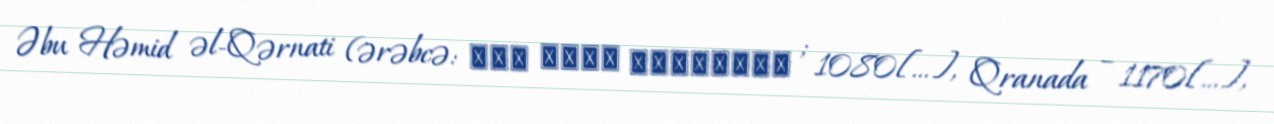
Əbu Həmid əl-Qərnati (ərəbcə: أبو حامد الغرناطي ; 1080[…], Qranada – 1170[…],